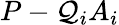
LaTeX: P-\mathcal{Q}_{i}A_{i}